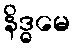
နိဒ္ဓမေ